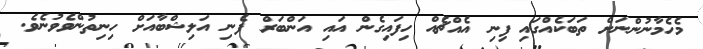
މެހެމާނުންނަށް ތަބަކެއްގައި ފިނި އެއްޗެއް ހިފައިގެން އައި އަންބަރް ފެނި އަލިޝްބާއަށް ހިނިތުންވެވުނެވެ.